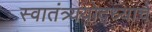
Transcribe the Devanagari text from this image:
स्वातंत्र्ययोद्‌ध्याचे